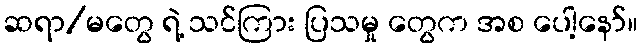
ဆရာ/မတွေ ရဲ့ သင်ကြား ပြသမှု တွေက အစ ပေါ့နော်။